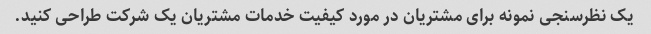
یک نظرسنجی نمونه برای مشتریان در مورد کیفیت خدمات مشتریان یک شرکت طراحی کنید.